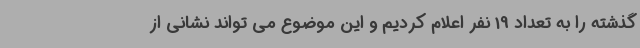
گذشته را به تعداد 19 نفر اعلام کردیم و این موضوع می تواند نشانی از